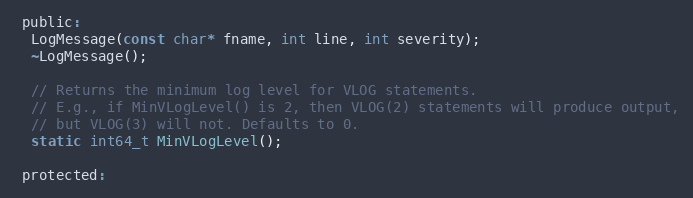
Language: C
 public:
  LogMessage(const char* fname, int line, int severity);
  ~LogMessage();

  // Returns the minimum log level for VLOG statements.
  // E.g., if MinVLogLevel() is 2, then VLOG(2) statements will produce output,
  // but VLOG(3) will not. Defaults to 0.
  static int64_t MinVLogLevel();

 protected: